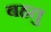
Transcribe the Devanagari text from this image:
बहतु